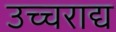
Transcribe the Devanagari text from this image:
उच्चराद्य